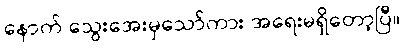
နောက် သွေးအေးမှသော်ကား အရေးမရှိတော့ပြီ။